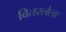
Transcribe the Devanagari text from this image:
वितरलेला